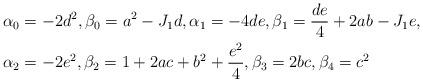
LaTeX: \begin{align*}\alpha_{0} & =-2d^{2},\beta_{0}=a^{2}-J_{1}d,\alpha_{1}=-4de,\beta_{1}=\frac{de}{4}+2ab-J_{1}e,\\\alpha_{2} & =-2e^{2},\beta_{2}=1+2ac+b^{2}+\frac{e^{2}}{4},\beta_{3}=2bc,\beta_{4}=c^{2}\end{align*}